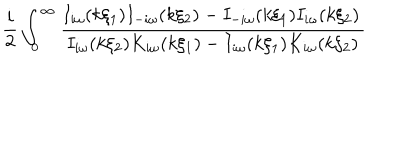
\frac { i } { 2 } \int _ { 0 } ^ { \infty } \frac { I _ { i \omega } ( k \xi _ { 1 } ) I _ { - i \omega } ( k \xi _ { 2 } ) - I _ { - i \omega } ( k \xi _ { 1 } ) I _ { i \omega } ( k \xi _ { 2 } ) \, } { I _ { i \omega } ( k \xi _ { 2 } ) K _ { i \omega } ( k \xi _ { 1 } ) - I _ { i \omega } ( k \xi _ { 1 } ) K _ { i \omega } ( k \xi _ { 2 } ) }